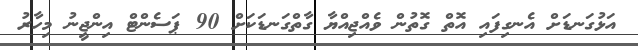
އަޅުގަނޑަށް އެނގިފައި އޮތް ގޮތުން ވެއްޖިއްޔާ ގާތްގަނޑަކަށް 90 ޕަސެންޓް އިންޖީނު މިހާރު